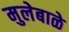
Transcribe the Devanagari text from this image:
मुलेबाळे